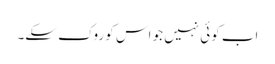
اب کوئی نہیں جو اس کو روک سکے۔